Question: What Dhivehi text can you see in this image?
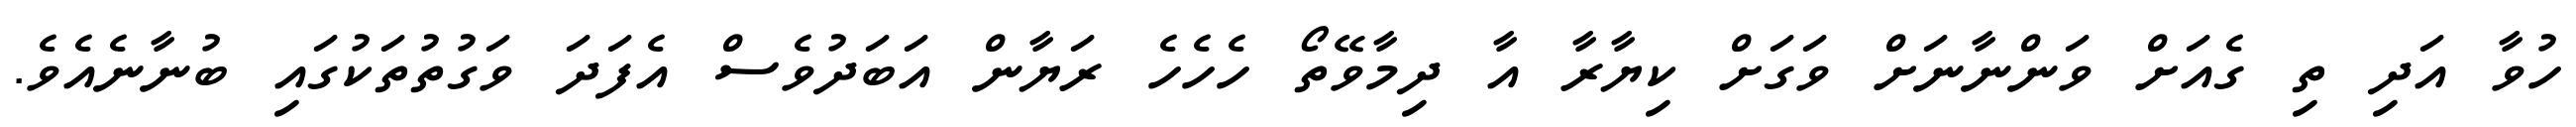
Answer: ހުވާ އަދި ތި ގެއަށް ވަންނާނަށް ވަގަށް ކިޔާރާ އާ ދިމާވޭތޯ ހެހެހެ ރަޔާން އަބަދުވެސް އެފަދަ ވަގުތުތަކުގައި ބުނާނެއެވެ.